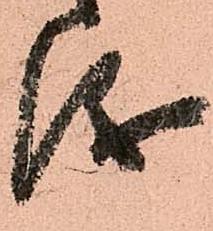
儀